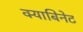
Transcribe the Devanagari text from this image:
क्याबिनेट